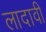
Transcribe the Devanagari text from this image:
लादावी